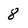
Character: 8